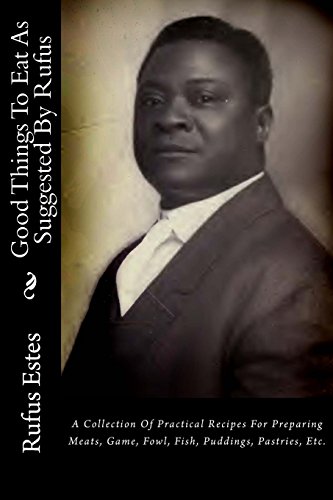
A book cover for Good Things To Eat As Suggested By Rufus: A Collection Of Practical Recipes For Preparing Meats, Game, Fowl, Fish, Puddings, Pastries, Etc.; Rufus Estes; Cookbooks, Food & Wine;